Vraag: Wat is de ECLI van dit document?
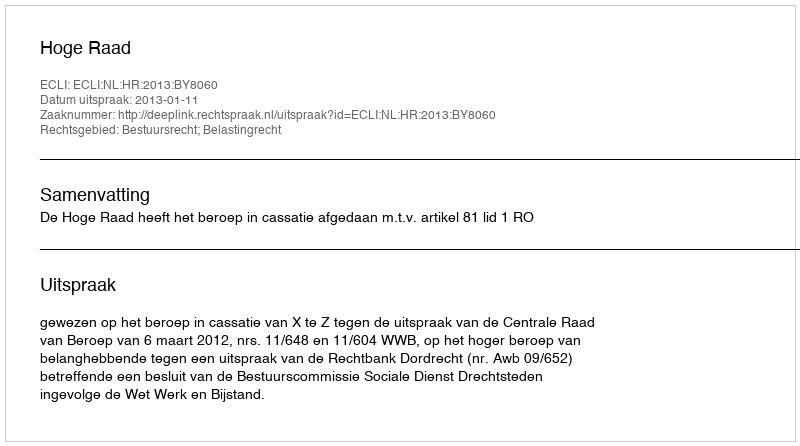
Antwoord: ECLI:NL:HR:2013:BY8060